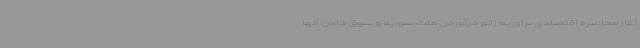
آغاز محاصره اقتصادی برای به زانو درآوردن ملت سوریه و سوق دادن آنها